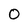
Character: O